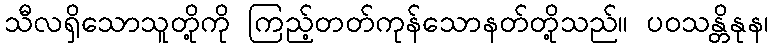
သီလရှိသောသူတို့ကို ကြည့်တတ်ကုန်သောနတ်တို့သည်။ ပဝသန္တိနုန၊